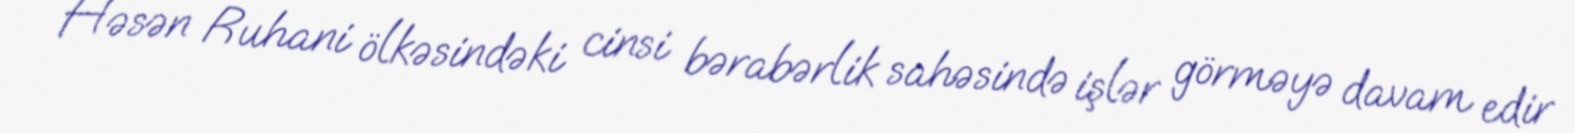
Həsən Ruhani ölkəsindəki cinsi bərabərlik sahəsində işlər görməyə davam edir